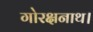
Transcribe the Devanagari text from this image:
गोरक्षनाथ।